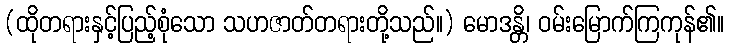
(ထိုတရားနှင့်ပြည့်စုံသော သဟဇာတ်တရားတို့သည်။) မောဒန္တိ၊ ဝမ်းမြောက်ကြကုန်၏။